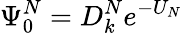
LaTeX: \Psi_{0}^{N}=D_{k}^{N}e^{-U_{N}}